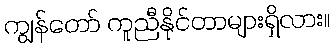
ကျွန်တော် ကူညီနိုင်တာများရှိလား။